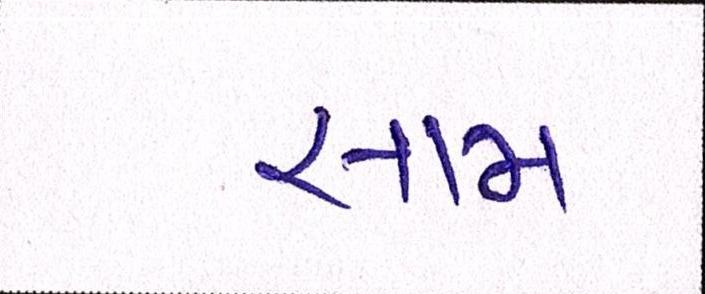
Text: સામ